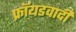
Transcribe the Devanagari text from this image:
फ्रॉयडवादी